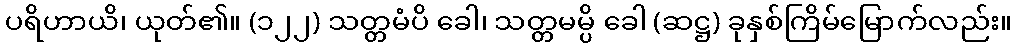
ပရိဟာယိ၊ ယုတ်၏။ (၁၂၂) သတ္တမံပိ ခေါ၊ သတ္တမမ္ပိ ခေါ (ဆဋ္ဌ) ခုနှစ်ကြိမ်မြောက်လည်း။